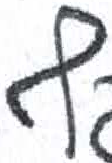
אות: ף